Subject: math
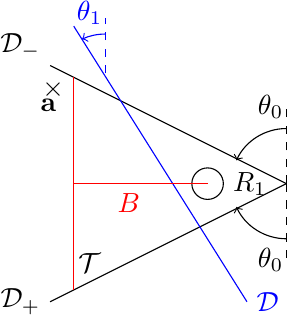
LaTeX code:
		\begin{tikzpicture}

			\draw (0,0) circle(0.2);
			\draw (0.2,0) node[right]{$R_1$};

			\draw (1,0) -- (-2,1.5);
			\draw (-2,1.75) node[left]{$\mathcal{D}_-$};
			\draw[dashed] (1,0) -- (1,1);
			\draw[->] (1,0.7) arc (90:155:0.7);
			\draw (0.8,0.7) node[above]{$\theta_0$};
			\draw (1,0) -- (-2,-1.5);
			\draw (-2,-1.5) node[left]{$\mathcal{D}_+$};
			\draw[dashed] (1,0) -- (1,-1);
			\draw[->] (1,-0.7) arc (-90:-155:0.7);
			\draw (0.8,-0.7) node[below]{$\theta_0$};
			\draw[blue] (0.5,-1.5) -- (-1.7,2);
			\draw[blue] (0.5,-1.5) node[right]{$\mathcal{D}$};
			\draw[blue,dashed] (-1.3,1.4) -- (-1.3,2.1);
			\draw[blue,->] (-1.3,1.9) arc (90:115:0.7);
			\draw[blue] (-1.5,1.9) node[above]{$\theta_1$};
			\draw[red] (0,0) -- (-1.7,0);
			\draw[red] (-1,0) node[below]{$B$};
			\draw[red] (-1.7,-1.35) -- (-1.7,1.35);
			\draw (-1.5,-1.25) node[above]{$\mathcal{T}$};
			\draw (-1.8,1) node[left]{$\textbf{a}$};
			\draw (-1.7,1.2) node[left]{$\times$};
		\end{tikzpicture}